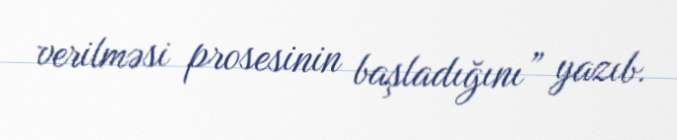
verilməsi prosesinin başladığını” yazıb.